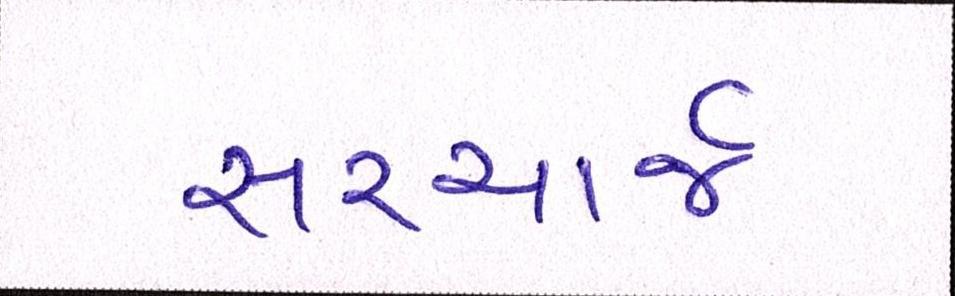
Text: સરચાર્જ